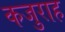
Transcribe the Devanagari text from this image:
कजुराह